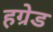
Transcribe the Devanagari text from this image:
हग्रेड